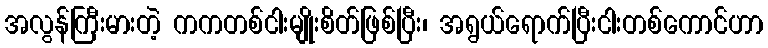
အလွန်ကြီးမားတဲ့ ကကတစ်ငါးမျိုးစိတ်ဖြစ်ပြီး၊ အရွယ်ရောက်ပြီးငါးတစ်ကောင်ဟာ